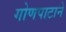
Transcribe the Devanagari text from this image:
गोणपाटाने